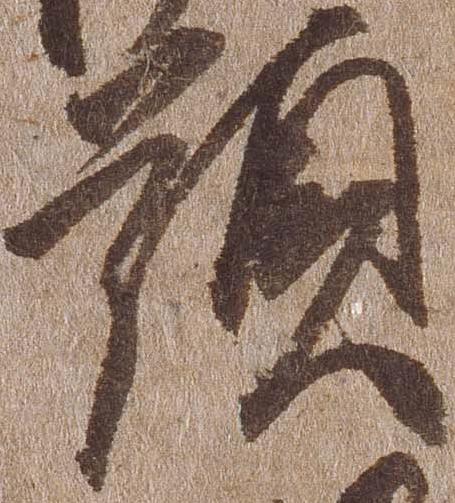
顕